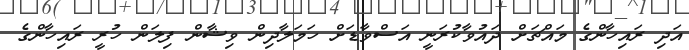
އަދި ރައިހާންގެ މައްޗަށް ދައުވާކުރަނީ އަސްވާޑަށް ހަމަލާދިން ވިޝާން ފިލަން ހުރީ ރައިހާންގެ